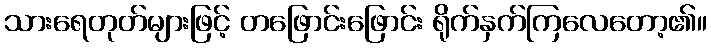
သားရေတုတ်များဖြင့် တဖြောင်းဖြောင်း ရိုက်နှက်ကြလေတော့၏။